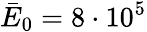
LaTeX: \bar{E}_{0}=8\cdot 10^{5}